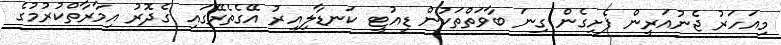
މިއަހަރު ޖެނުއަރީން ފެށިގެން ގިނަ ބާވަތްތަކުން ޑިއުޓީ ކަނޑާލިއިރު އޭގެތެރޭގައި ގެދޮރު އިމާރާތްކުރުމުގެ